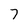
Character: 7